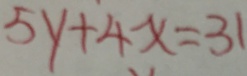
5 y + 4 x = 3 1